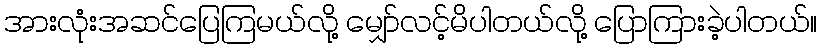
အားလုံးအဆင်ပြေကြမယ်လို့ မျှော်လင့်မိပါတယ်လို့ ပြောကြားခဲ့ပါတယ်။